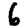
Digit: 6